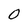
Character: 0